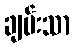
ချမ်းသာ